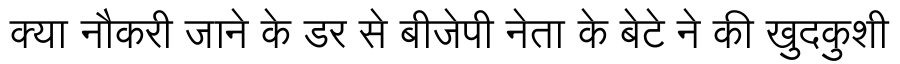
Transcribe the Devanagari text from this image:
क्या नौकरी जाने के डर से बीजेपी नेता के बेटे ने की खुदकुशी